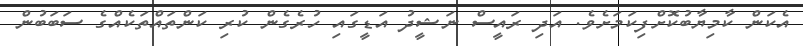
އެކަން ކާމިޔާބުކޮށްފިކަމަށެވެ. އަދި ރައީސް ނަޝީދު އަޑީގައި ހުރެގެން ކުރި ކަންތައްތަކެއްގެ ސަބަބުން